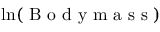
\ln ( \mathrm { ~ B ~ o ~ d ~ y ~ m ~ a ~ s ~ s ~ } )